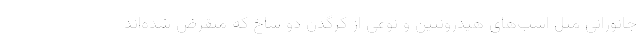
جانورانی مثل اسب‌های هیدرونتین و نوعی از کرگدن دو شاخ که منقرض شده‌اند